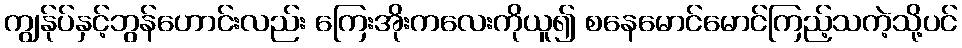
ကျွန်ုပ်နှင့်ဘွန်ဟောင်းလည်း ကြေးအိုးကလေးကိုယူ၍ စနေမောင်မောင်ကြည့်သကဲ့သို့ပင်